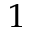
1